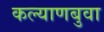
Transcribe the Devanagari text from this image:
कल्याणबुवा